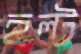
হল্ট